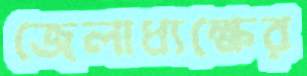
জেলাধ্যক্ষের